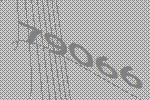
79066